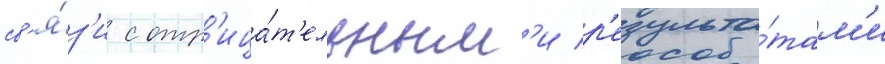
св'я́з'и с отр'ица́т'ельным'и р'езульта́там'и